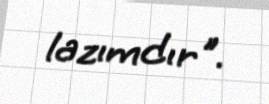
lazımdır".